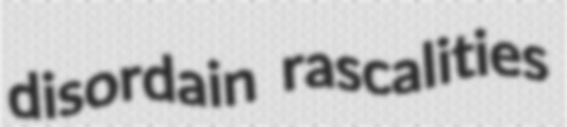
disordain rascalities